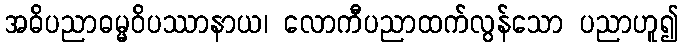
အဓိပညာဓမ္မဝိပဿာနာယ၊ လောကီပညာထက်လွန်သော ပညာဟူ၍